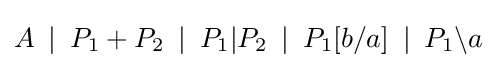
A\,\,\,|\,\,\,P_{1}+P_{2}\,\,\,|\,\,\,P_{1}|P_{2}\,\,\,|\,\,\,P_{1}[b/a]\,\,\,|\,\,\,P_{1}{\backslash }a